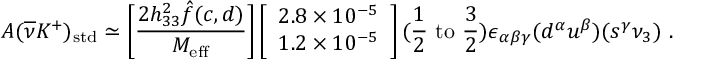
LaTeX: A ( \overline { { { \nu } } } K ^ { + } ) _ { \mathrm { s t d } } \simeq \left[ \frac { 2 h _ { 3 3 } ^ { 2 } \hat { f } ( c , d ) } { M _ { \mathrm { e f f } } } \right] \left[ \begin{array} { l } { { 2 . 8 \times 1 0 ^ { - 5 } } } \\ { { 1 . 2 \times 1 0 ^ { - 5 } } } \end{array} \right] ( { \frac { 1 } { 2 } } ~ \mathrm { t o } ~ { \frac { 3 } { 2 } } ) \epsilon _ { \alpha \beta \gamma } ( d ^ { \alpha } u ^ { \beta } ) ( s ^ { \gamma } \nu _ { 3 } ) ~ .